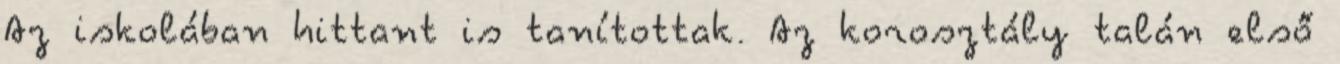
Az iskolában hittant is tanítottak. Az korosztály talán első